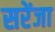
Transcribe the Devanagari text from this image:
सरेंजा